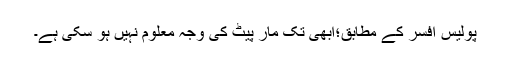
پولیس افسر کے مطابق؛ابھی تک مار پیٹ کی وجہ معلوم نہیں ہو سکی ہے۔